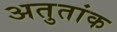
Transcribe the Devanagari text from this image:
अतुतांक